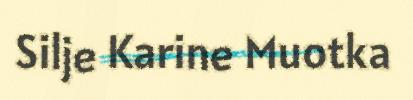
Silje Karine Muotka